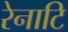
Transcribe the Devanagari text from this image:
रेनाटि